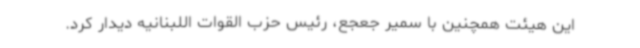
این هیئت همچنین با سمیر جعجع، رئیس حزب القوات اللبنانیه دیدار کرد.